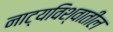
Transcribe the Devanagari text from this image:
नाट्यविश्वातील